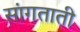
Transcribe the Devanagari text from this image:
सांगताती